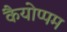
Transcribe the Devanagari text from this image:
कैयोप्पम